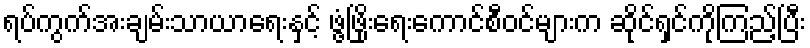
ရပ်ကွက်အးချမ်းသာယာရေးနှင့် ဖွံ့ဖြိုးရေးကောင်စီဝင်များက ဆိုင်ရှင်ကိုကြည့်ပြီး